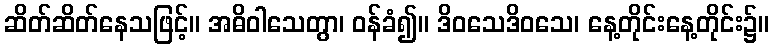
ဆိတ်ဆိတ်နေသဖြင့်။ အဓိဝါသေတွာ၊ ဝန်ခံ၍။ ဒိဝသေဒိဝသေ၊ နေ့တိုင်းနေ့တိုင်း၌။